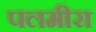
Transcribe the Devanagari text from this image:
पलमीरा